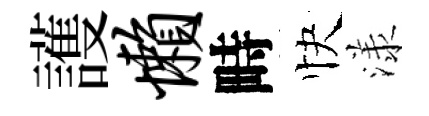
護懒畤快漾